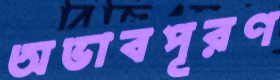
অভাবপূরণ